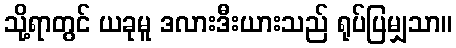
သို့ရာတွင် ယခုမူ ဒလားဒီးယားသည် ရုပ်ပြမျှသာ။